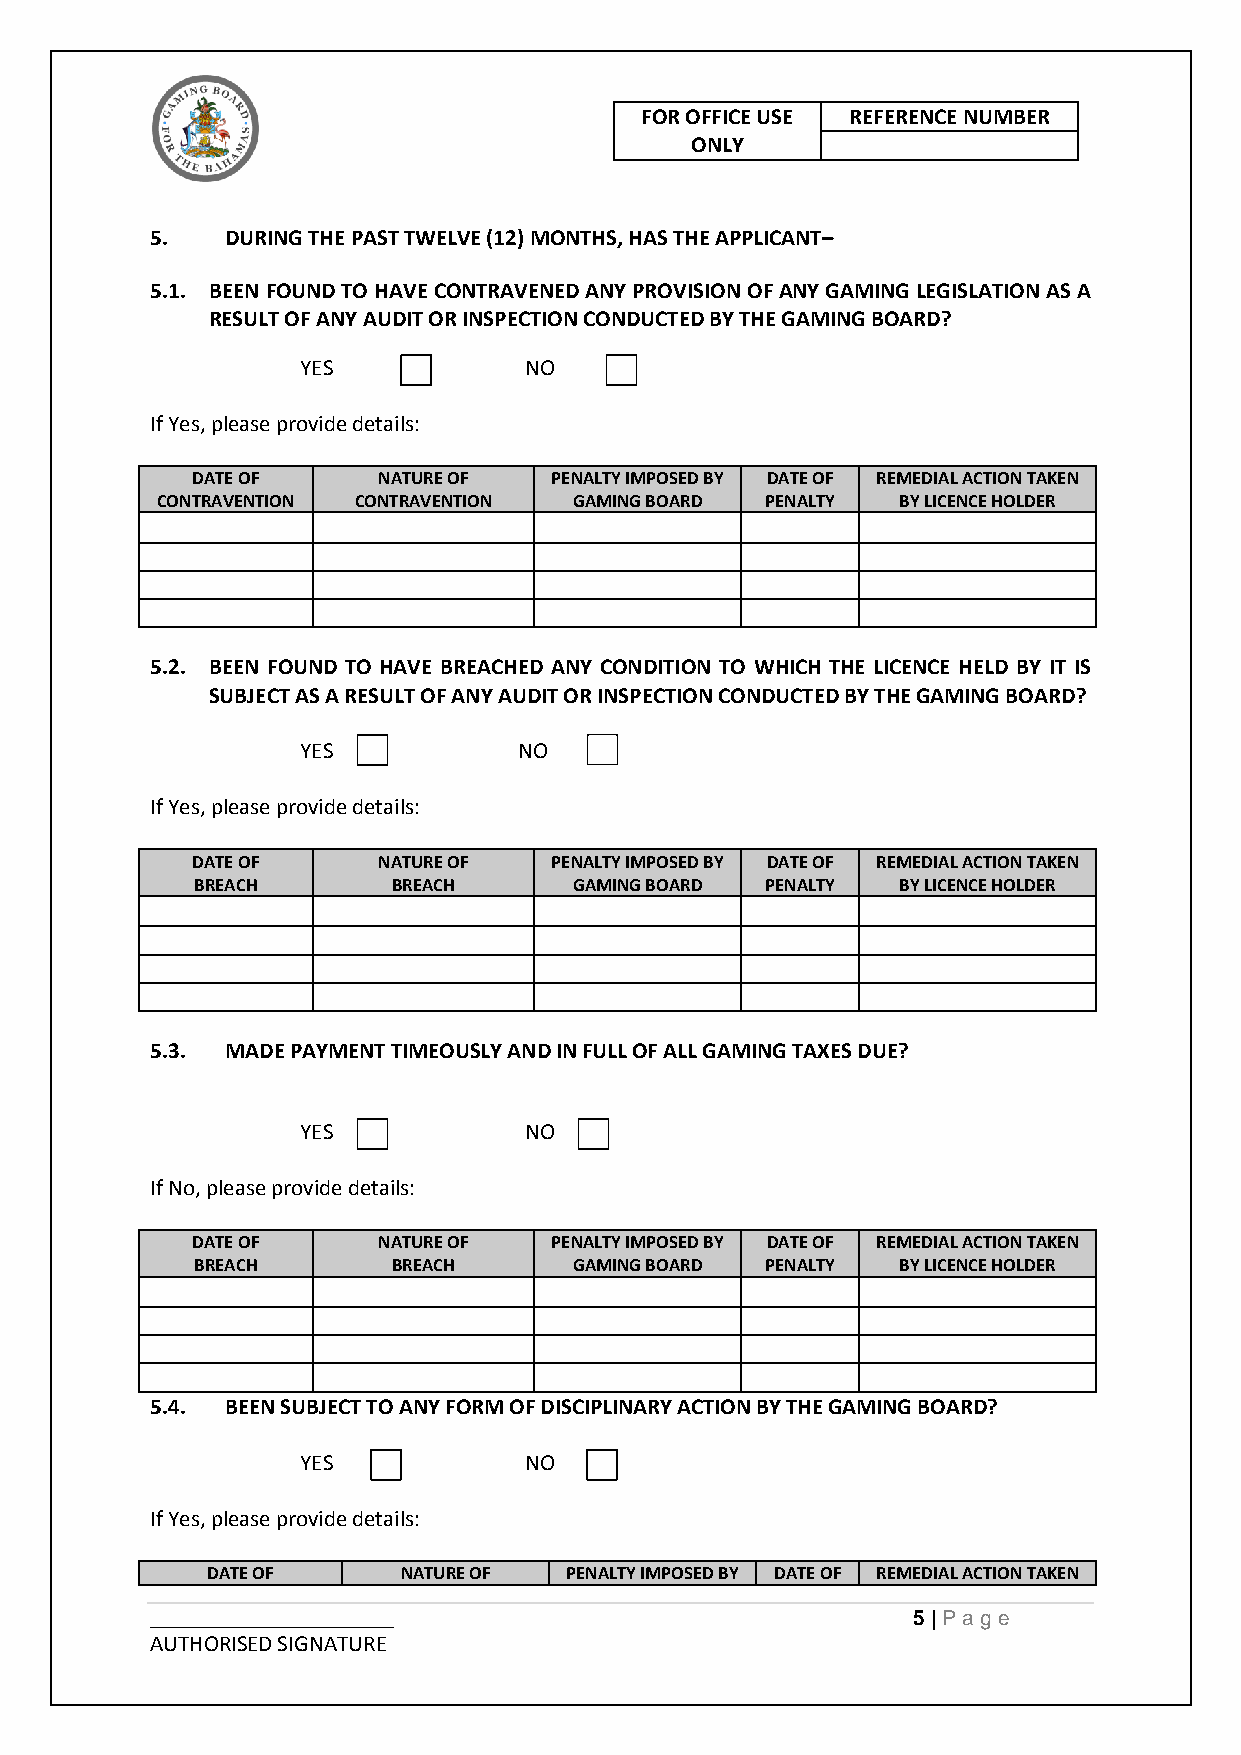
FOR OFFICE USE REFERENCE NUMBER
 ONLY
 5.   DURING THE PAST TWELVE (12) MONTHS, HAS THE APPLICANT–
 5.1. BEEN FOUND TO HAVE CONTRAVENED ANY PROVISION OF ANY GAMING LEGISLATION AS A
 RESULT OF ANY AUDIT OR INSPECTION CONDUCTED BY THE GAMING BOARD?
 YES            NO
 If Yes, please provide details:
 DATE OF     NATURE OF  PENALTY IMPOSED BY DATE OF REMEDIAL ACTION TAKEN
 CONTRAVENTION CONTRAVENTION GAMING BOARD PENALTY  BY LICENCE HOLDER
 5.2. BEEN FOUND TO HAVE BREACHED ANY CONDITION TO WHICH THE LICENCE HELD BY IT IS
 SUBJECT AS A RESULT OF ANY AUDIT OR INSPECTION CONDUCTED BY THE GAMING BOARD?
 YES           NO
 If Yes, please provide details:
 DATE OF     NATURE OF  PENALTY IMPOSED BY DATE OF REMEDIAL ACTION TAKEN
 BREACH       BREACH      GAMING BOARD PENALTY  BY LICENCE HOLDER
 5.3. MADE PAYMENT TIMEOUSLY AND IN FULL OF ALL GAMING TAXES DUE?
 YES            NO
 If No, please provide details:
 DATE OF     NATURE OF  PENALTY IMPOSED BY DATE OF REMEDIAL ACTION TAKEN
 BREACH       BREACH      GAMING BOARD PENALTY  BY LICENCE HOLDER
 5.4. BEEN SUBJECT TO ANY FORM OF DISCIPLINARY ACTION BY THE GAMING BOARD?
 YES            NO
 If Yes, please provide details:
 DATE OF      NATURE OF PENALTY IMPOSED BY DATE OF REMEDIAL ACTION TAKEN
 _____________________                             5 | Pag e
 AUTHORISED SIGNATURE